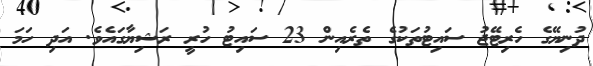
ދުނިޔޭގެ ހެރިޓޭޖު ސައިޓުތަކުގެ ތެރެއިން 23 ސައިޓު ހުރީ ރަޝިޔާގައެވެ. އަދި ހަމަ